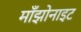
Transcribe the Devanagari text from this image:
माँझोनाइट